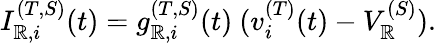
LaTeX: I_{\mathbb{R},i}^{(T,S)}(t)=g_{\mathbb{R},i}^{(T,S)}(t)~(v_{i}^{(T)}(t)-V_{\mathbb{R}}^{(S)}).